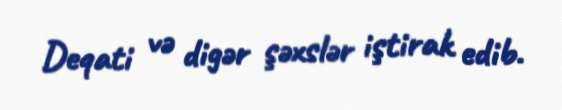
Deqati və digər şəxslər iştirak edib.